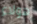
هولاء